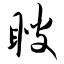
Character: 瞍